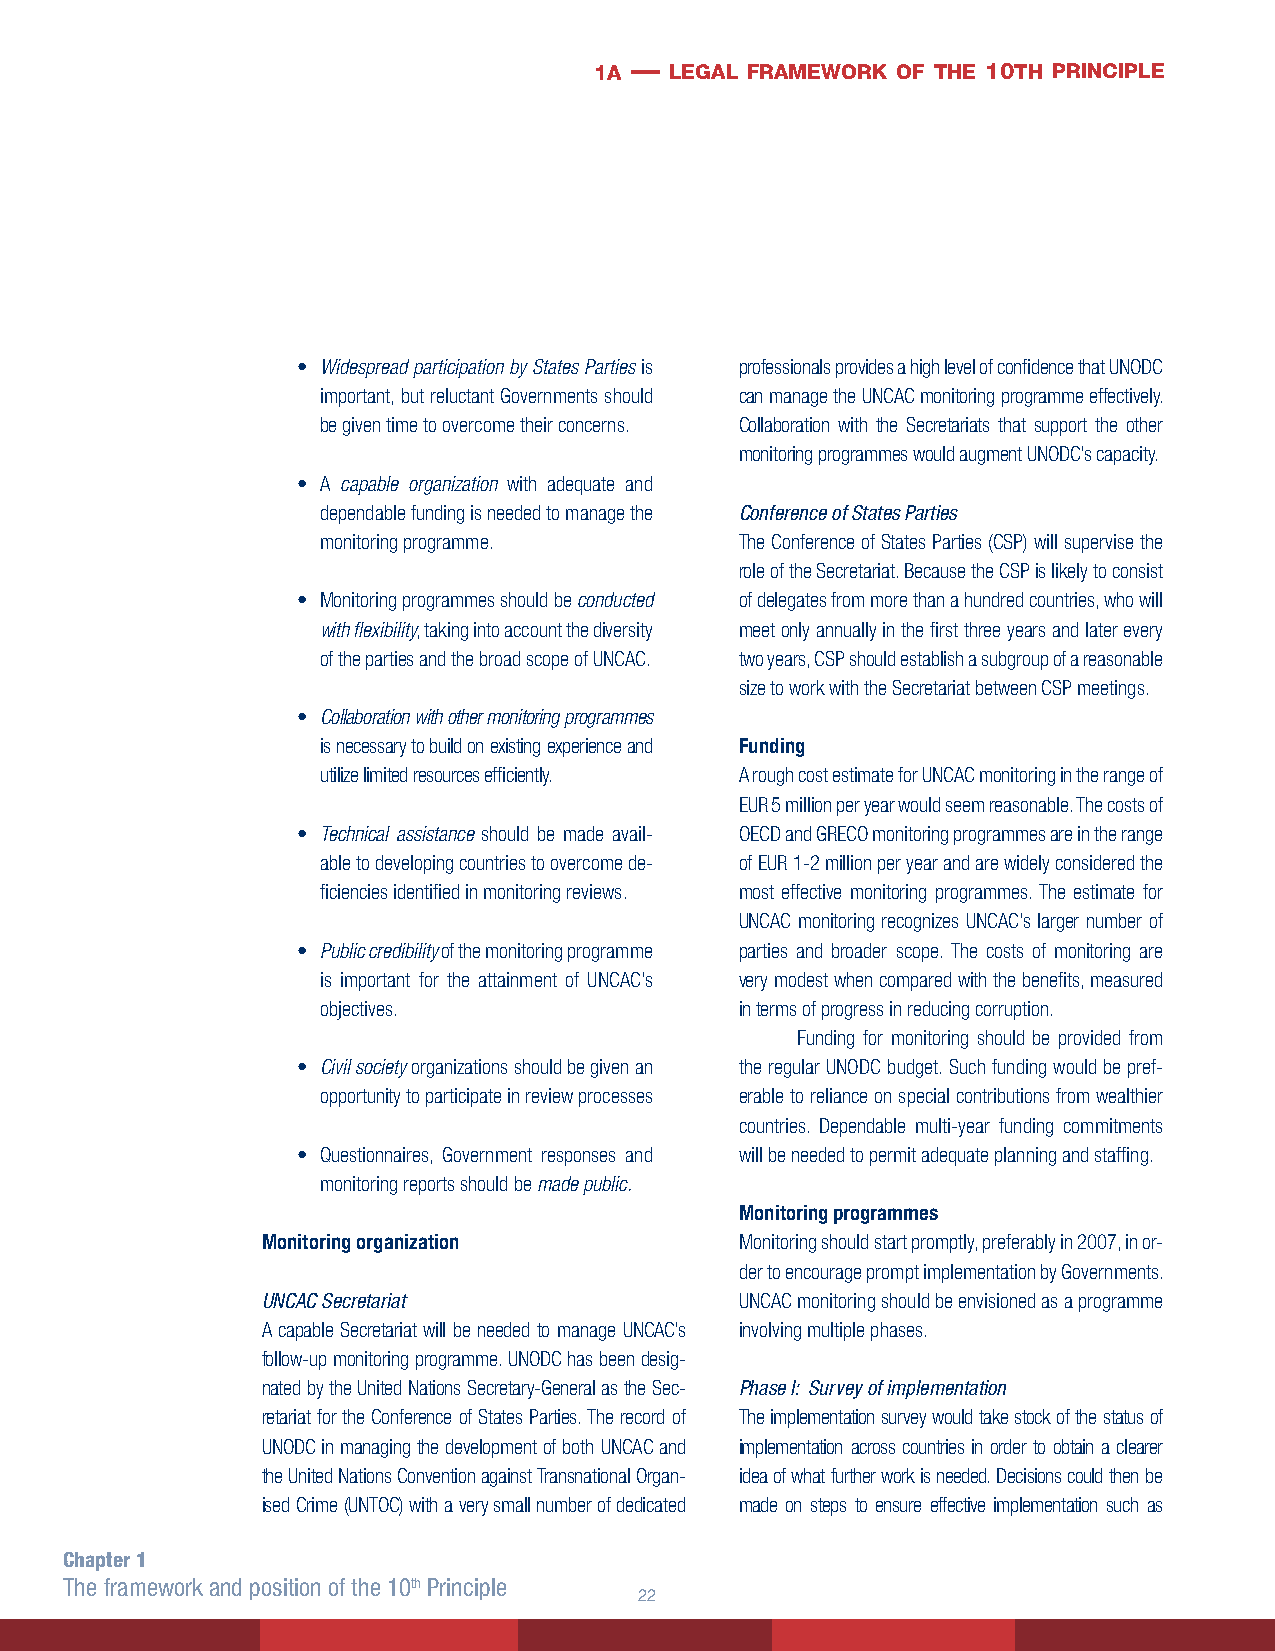
1a — legal framework of the 10th principle
 • Widespread participation by States Parties is professionals provides a high level of confidence that UNODC
 important, but reluctant Governments should can manage the UNCAC monitoring programme effectively.
 be given time to overcome their concerns. Collaboration with the Secretariats that support the other
 monitoring programmes would augment UNODC’s capacity.
 • A capable organization with adequate and
 dependable funding is needed to manage the Conference of States Parties
 monitoring programme.       The Conference of States Parties (CSP) will supervise the
 role of the Secretariat. Because the CSP is likely to consist
 • Monitoring programmes should be conducted of delegates from more than a hundred countries, who will
 with flexibility, taking into account the diversity meet only annually in the first three years and later every
 of the parties and the broad scope of UNCAC. two years, CSP should establish a subgroup of a reasonable
 size to work with the Secretariat between CSP meetings.
 • Collaboration with other monitoring programmes
 is necessary to build on existing experience and Funding
 utilize limited resources efficiently. A rough cost estimate for UNCAC monitoring in the range of
 EUR 5 million per year would seem reasonable. The costs of
 • Technical assistance should be made avail- OECD and GRECO monitoring programmes are in the range
 able to developing countries to overcome de- of EUR 1-2 million per year and are widely considered the
 ficiencies identified in monitoring reviews. most effective monitoring programmes. The estimate for
 UNCAC monitoring recognizes UNCAC’s larger number of
 • Public credibility of the monitoring programme parties and broader scope. The costs of monitoring are
 is important for the attainment of UNCAC’s very modest when compared with the benefits, measured
 objectives.                 in terms of progress in reducing corruption.
 Funding for monitoring should be provided from
 • Civil society organizations should be given an the regular UNODC budget. Such funding would be pref-
 opportunity to participate in review processes erable to reliance on special contributions from wealthier
 countries. Dependable multi-year funding commitments
 • Questionnaires, Government responses and will be needed to permit adequate planning and staffing.
 monitoring reports should be made public.
 Monitoring programmes
 Monitoring organization         Monitoring should start promptly, preferably in 2007, in or-
 der to encourage prompt implementation by Governments.
 UNCAC Secretariat               UNCAC monitoring should be envisioned as a programme
 A capable Secretariat will be needed to manage UNCAC’s involving multiple phases.
 follow-up monitoring programme. UNODC has been desig-
 nated by the United Nations Secretary-General as the Sec- Phase I: Survey of implementation
 retariat for the Conference of States Parties. The record of The implementation survey would take stock of the status of
 UNODC in managing the development of both UNCAC and implementation across countries in order to obtain a clearer
 the United Nations Convention against Transnational Organ- idea of what further work is needed. Decisions could then be
 ised Crime (UNTOC) with a very small number of dedicated made on steps to ensure effective implementation such as
 Chapter 1
 The framework and position of the 10th Principle
 22